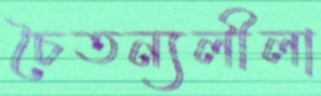
চৈতন্যলীলা